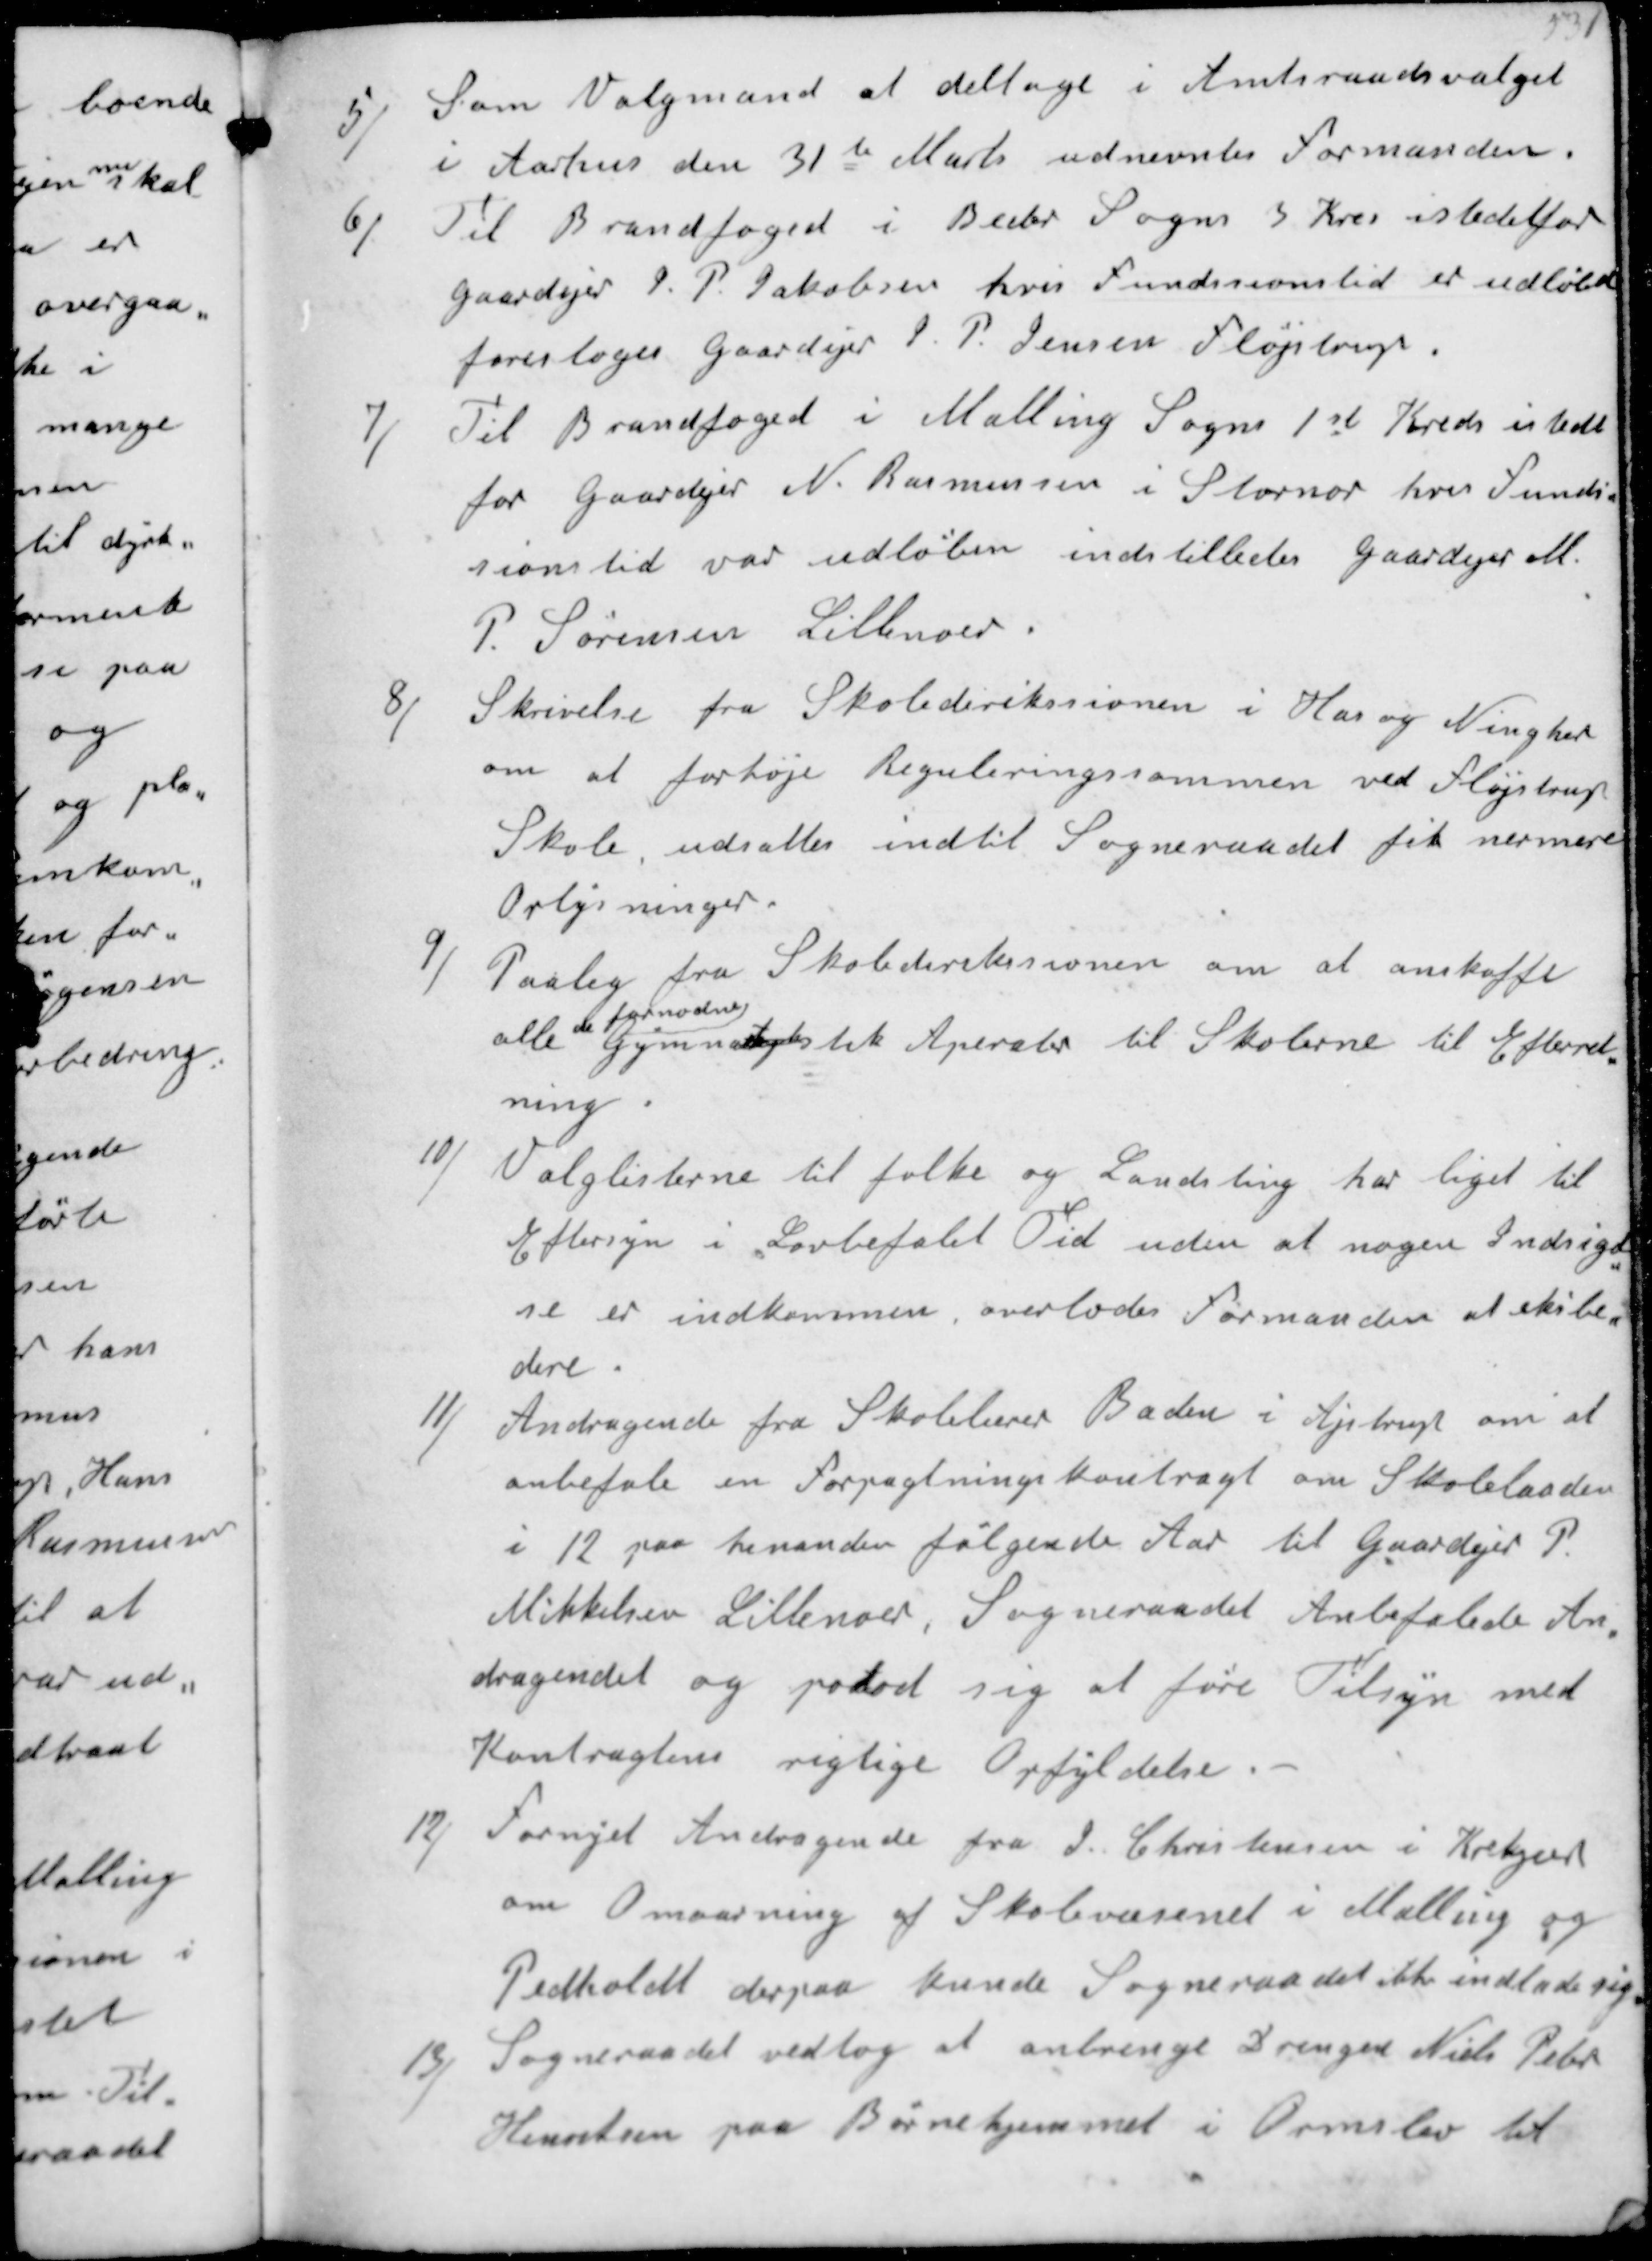
Transskription:
5/ 
Som Valgmand at deltage i Amtsraadsvalget
i Aarhus den 31te Marts udnevntes formanden,
6/
Til Brandfoged i Beder Sogns 5 Kres istedetfor
gaardejer J. P. Jakobsen hvis funksionstid er udløben
foresloges gaardejer J. P. Jensen Fløjstrup.
7/
Til Brandfoged i Malling Sogns 1st Kreds istedet
for gaardejer N. Rasmussen i Stornor hvis funk-
sionstid var udløben indstilledes gaardejer M.
P. Sørensen Lillenor.
8/
Skrivelse fra Skoledirikssionen i Has og Ning her 
om at forhøje Reguleringssummen ved Fløjstrup
Skole. udsattes indtil Sogneraadet fik nermere
Oplysninger.
9/
Paaleg fra Skolederekssionen om at anskaffe
alle 
de fornødne
Gymnas tyk tik Aperater til Skolerne til Efterret-
ning.

10/
Valglisterne til folke og Landsting har liget til 
Eftersyn i Lovbefalet Tid uden at nogen indsigel-
se er indkommen. overlades formanden at eksbe-
dere.
11/
Andragende fra Skolelærer Baden i Ajstrup om at 
anbefale en Forpagtningskontragt om Skolelaaden 
i 12 paa hinanden følgende Aar til Gaardejer P. 
Mikkelsen Lillenoer. Sogneraadet Anbefalede An-
dragendet og potod sig at føre Tilsyn med
Kontragtens rigtige Opfyldelse.-
12/
Fornyet Andragende fra J. Christensen i Krekjær
om Omaarning af Skolevæsenet i Malling og 
Pedholdt derpaa kunde Sogneraadet ikke indlade sig.
13/
Sogneraadet vedtog at anbringe Drengen Niels Peter
Henriksen paa Børnehjemmet i Ormslev til